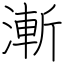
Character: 漸